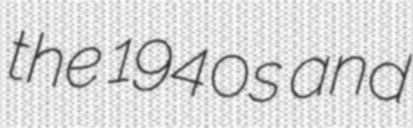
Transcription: the 1940s and